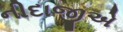
નીદાજીએ